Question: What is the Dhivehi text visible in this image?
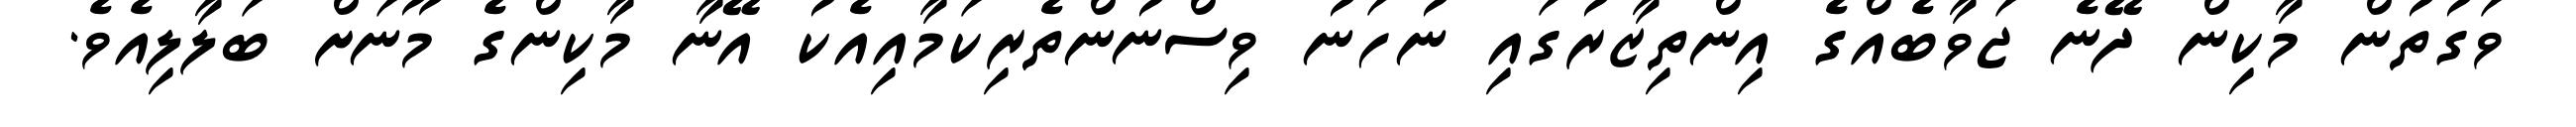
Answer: ވަގުތުން މާކިން ދޭނެ ޖަވާބެއްގެ އިންތިޒާރުގައި ނުހަނު ވިސްނުންތެރިކަމާއިއެކު އޭނާ މާކިންގެ މޫނަށް ބަލާލިއެވެ.